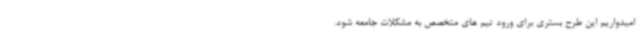
امیدواریم این طرح بستری برای ورود تیم های متخصص به مشکلات جامعه شود.